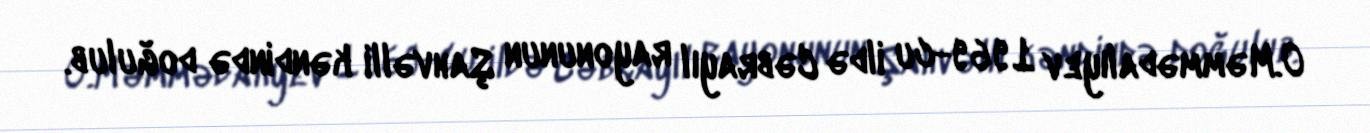
O.Məmmədalıyev 1969-cu ildə Cəbrayıl rayonunun Şahvəlli kəndində doğulub.